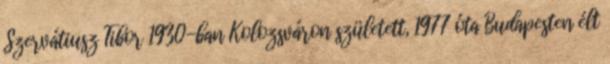
Szervátiusz Tibor 1930-ban Kolozsváron született, 1977 óta Budapesten élt